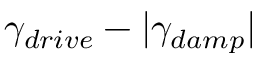
\gamma _ { d r i v e } - | \gamma _ { d a m p } |